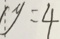
y = 4